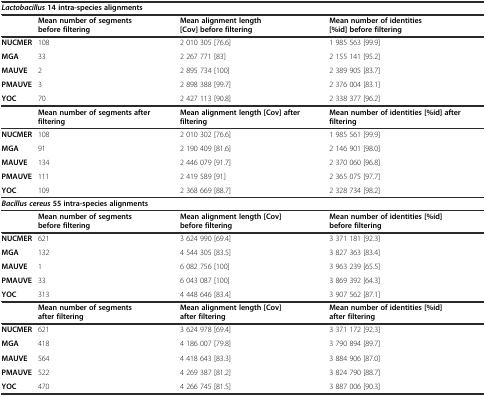
<table><thead><tr><td colspan="4"><b><i>Lactobacillus</i>14 intra-species alignments</b></td></tr><tr><td></td><td><b>Mean number of segments before filtering</b></td><td><b>Mean alignment length [Cov] before filtering</b></td><td><b>Mean number of identities [%id] before filtering</b></td></tr></thead><tbody><tr><td><b>NUCMER</b></td><td>108</td><td>2 010 305 [76.6]</td><td>1 985 563 [99.9]</td></tr><tr><td><b>MGA</b></td><td>33</td><td>2 267 771 [83]</td><td>2 155 141 [95.2]</td></tr><tr><td><b>MAUVE</b></td><td>2</td><td>2 895 734 [100]</td><td>2 389 905 [83.7]</td></tr><tr><td><b>PMAUVE</b></td><td>3</td><td>2 898 388 [99.7]</td><td>2 376 004 [83.1]</td></tr><tr><td><b>YOC</b></td><td>70</td><td>2 427 113 [90.8]</td><td>2 338 377 [96.2]</td></tr><tr><td></td><td><b>Mean number of segments after filtering</b></td><td><b>Mean alignment length [Cov] after filtering</b></td><td><b>Mean number of identities [%id] after filtering</b></td></tr><tr><td><b>NUCMER</b></td><td>108</td><td>2 010 302 [76.6]</td><td>1 985 561 [99.9]</td></tr><tr><td><b>MGA</b></td><td>91</td><td>2 190 409 [81.6]</td><td>2 146 901 [98.0]</td></tr><tr><td><b>MAUVE</b></td><td>134</td><td>2 446 079 [91.7]</td><td>2 370 060 [96.8]</td></tr><tr><td><b>PMAUVE</b></td><td>111</td><td>2 419 589 [91]</td><td>2 365 075 [97.7]</td></tr><tr><td><b>YOC</b></td><td>109</td><td>2 368 669 [88.7]</td><td>2 328 734 [98.2]</td></tr><tr><td colspan="4"><b><i>Bacillus cereus</i></b><b>55 intra-species alignments</b></td></tr><tr><td></td><td><b>Mean number of segments before filtering</b></td><td><b>Mean alignment length [Cov] before filtering</b></td><td><b>Mean number of identities [%id] before filtering</b></td></tr><tr><td><b>NUCMER</b></td><td>621</td><td>3 624 990 [69.4]</td><td>3 371 181 [92.3]</td></tr><tr><td><b>MGA</b></td><td>132</td><td>4 544 305 [83.5]</td><td>3 827 363 [83.4]</td></tr><tr><td><b>MAUVE</b></td><td>1</td><td>6 082 756 [100]</td><td>3 963 239 [65.5]</td></tr><tr><td><b>PMAUVE</b></td><td>33</td><td>6 043 087 [100]</td><td>3 869 392 [64.3]</td></tr><tr><td><b>YOC</b></td><td>313</td><td>4 448 646 [83.4]</td><td>3 907 562 [87.1]</td></tr><tr><td></td><td><b>Mean number of segments after filtering</b></td><td><b>Mean alignment length [Cov] after filtering</b></td><td><b>Mean number of identities [%id] after filtering</b></td></tr><tr><td><b>NUCMER</b></td><td>621</td><td>3 624 978 [69.4]</td><td>3 371 172 [92.3]</td></tr><tr><td><b>MGA</b></td><td>418</td><td>4 186 007 [79.8]</td><td>3 790 894 [89.7]</td></tr><tr><td><b>MAUVE</b></td><td>564</td><td>4 418 643 [83.3]</td><td>3 884 906 [87.0]</td></tr><tr><td><b>PMAUVE</b></td><td>522</td><td>4 269 387 [81.2]</td><td>3 824 790 [88.7]</td></tr><tr><td><b>YOC</b></td><td>470</td><td>4 266 745 [81.5]</td><td>3 887 006 [90.3]</td></tr></tbody></table>